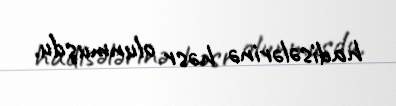
hadisələrinə həsr olunmuşdu.